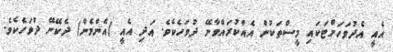
އެއީ އެދުވަހަށްޓަކައި މީސްތަކުން އެއްކުރައްވާނޭ ދުވަހެކެވެ. އަދި އެއީ (އެންމެން) ދެކޭނޭ ދުވަހެކެވެ.